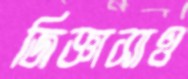
জিজ্ঞাসাও